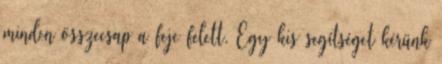
minden összecsap a feje felett. Egy kis segítséget kérünk